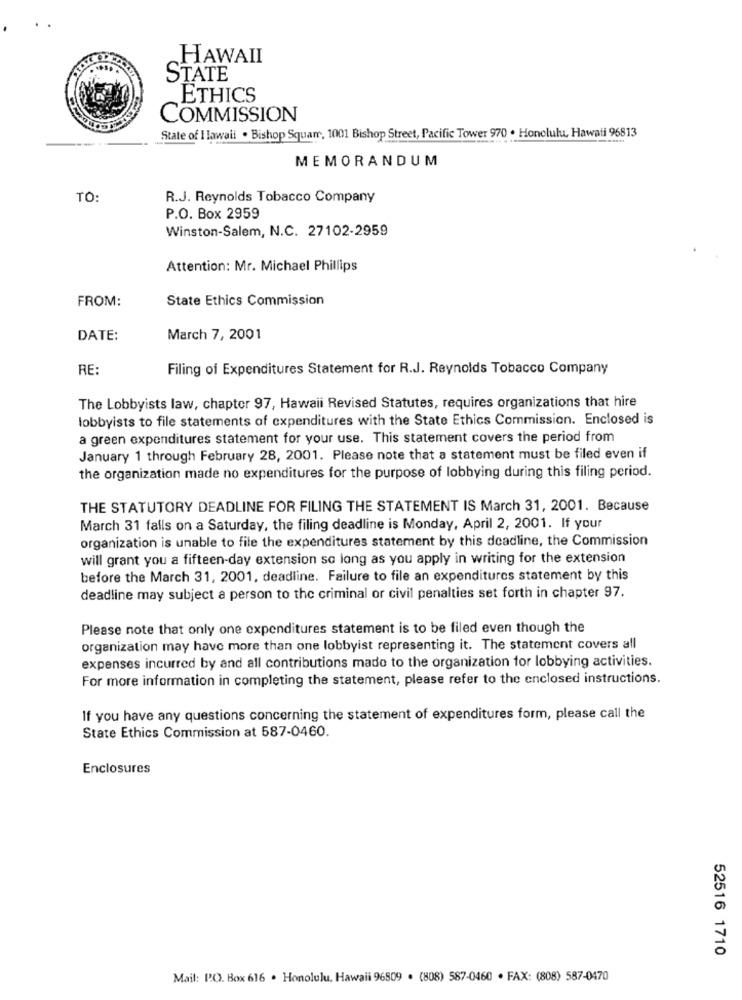
HAWAII
STATE
ETHICS
COMMISSION
State of I lawali . Bishop Square, 1001 Bishop Street, Pacific Tower 970 . Honolulu, Hawaii 96813
MEMORANDUM
TO:
R.J. Reynolds Tobacco Company
P.O. Box 2959
Winston-Salem, N.C. 27102-2959
Attention: Mr. Michael Phillips
FROM:
State Ethics Commission
DATE:
March 7, 2001
RE
Filing of Expenditures Statement for R.J. Reynolds Tobacco Company
The Lobbyists law, chapter 97, Hawaii Revised Statutes, requires organizations that hire
lobbyists to file statements of expenditures with the State Ethics Commission. Enclosed is
a green expenditures statement for your use. This statement covers the period from
January 1 through February 28, 2001. Please note that a statement must be filed even if
the organization made no expenditures for the purpose of lobbying during this filing period.
THE STATUTORY DEADLINE FOR FILING THE STATEMENT IS March 31, 2001. Because
March 31 falls on a Saturday, the filing deadline is Monday, April 2, 2001. If your
organization is unable to file the expenditures statement by this deadline, the Commission
will grant you a fifteen-day extension so long as you apply in writing for the extension
before the March 31, 2001, deadline. Failure to file an expenditures statement by this
deadline may subject a person to the criminal or civil penalties set forth in chapter 97.
Please note that only one expenditures statement is to be filed even though the
organization may have more than one lobbyist representing it. The statement covers all
expenses incurred by and all contributions made to the organization for lobbying activities.
For more information in completing the statement, please refer to the enclosed instructions.
If you have any questions concerning the statement of expenditures form, please call the
State Ethics Commission at 587-0460.
Enclosures
52516 1710
Mail: P.O. Box 616 . Honolulu. Hawaii 96809 . (808) 587-0460 . FAX: (808) 587-0470